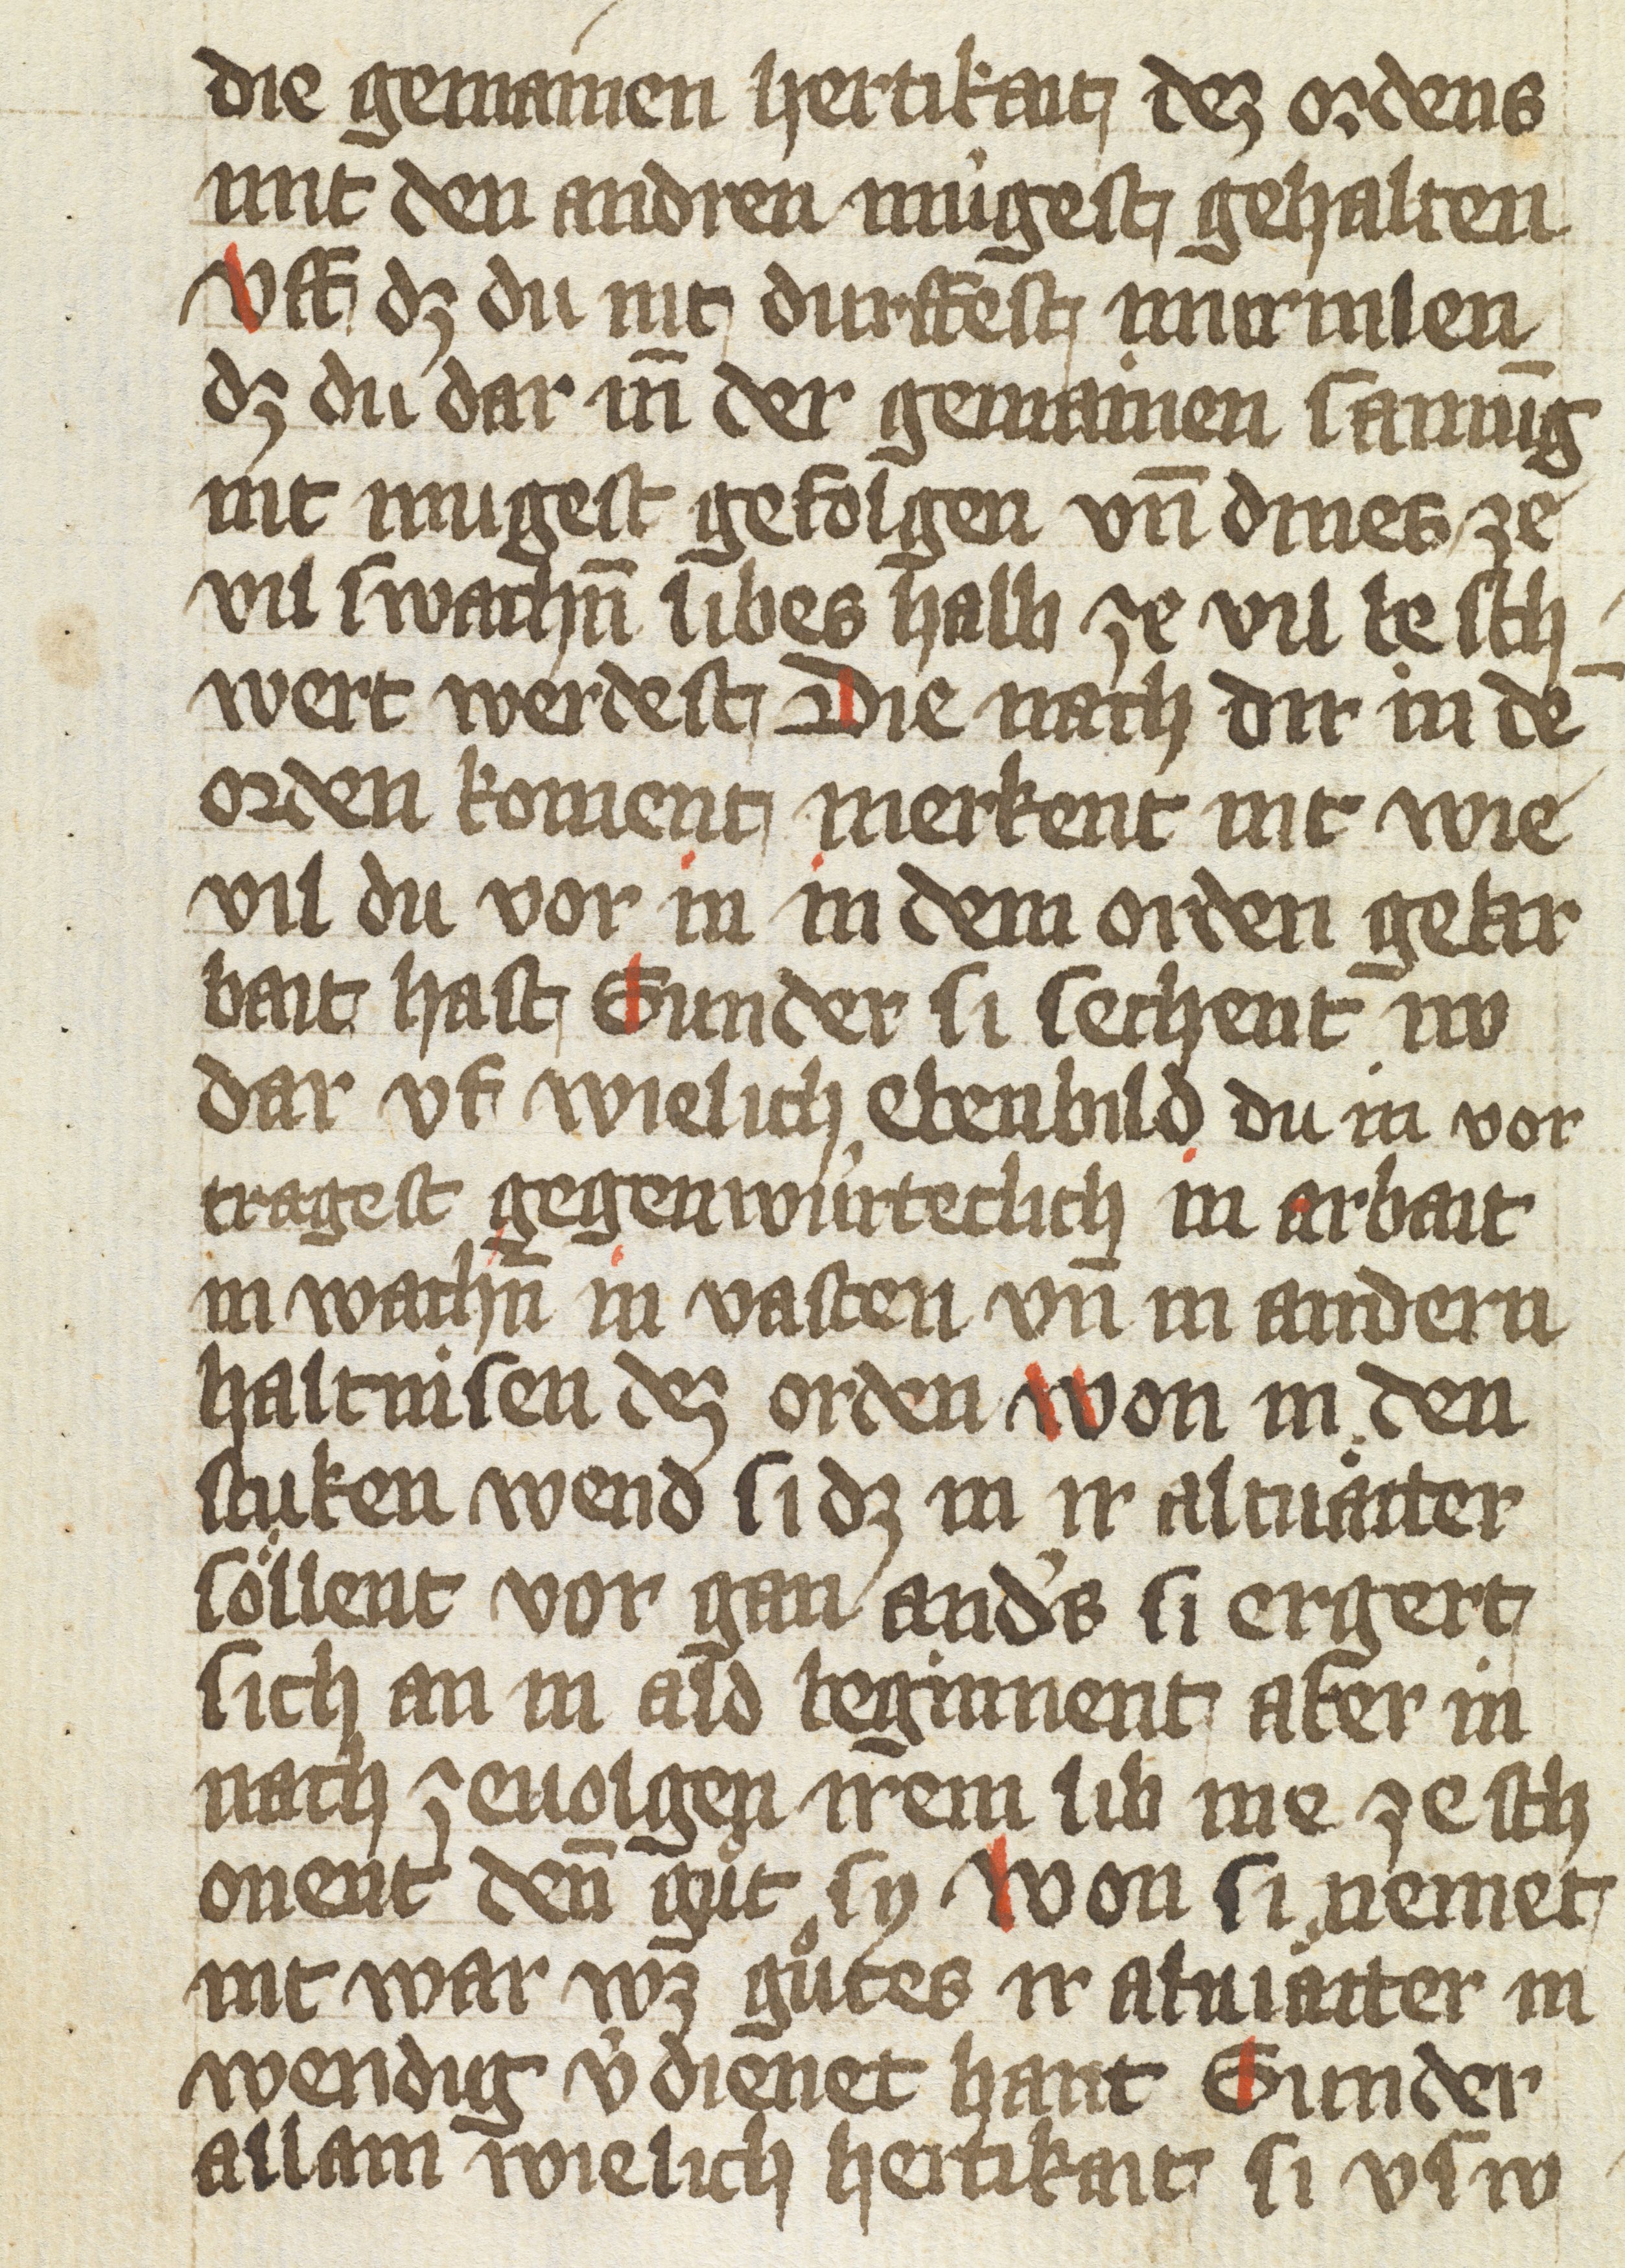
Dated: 1425–1425